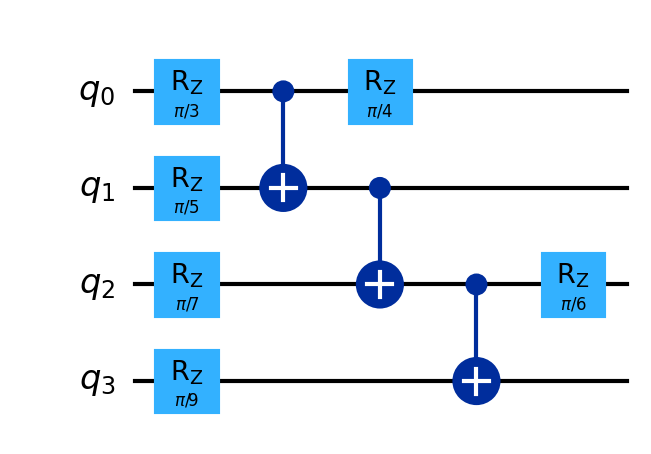
Description: Blind quantum computing: delegated computation
描述: 盲量子计算：委托计算
Category: blockchain_extended (difficulty: advanced)
Qubits: 4, circuit depth: 5
Blockchain relevance: extended_protocol

Braket implementation:
import math
from braket.circuits import Circuit
circuit = Circuit()
circuit.rz(0, math.pi/3).rz(1, math.pi/5).rz(2, math.pi/7).rz(3, math.pi/9)
circuit.cnot(0, 1).cnot(1, 2).cnot(2, 3)
circuit.rz(0, math.pi/4).rz(2, math.pi/6)